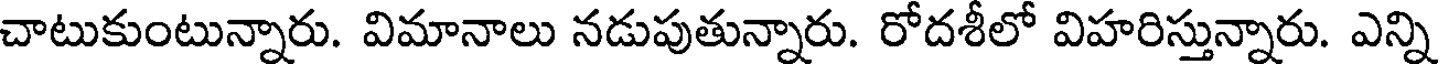
చాటుకుంటున్నారు. విమానాలు నడుపుతున్నారు. రోదశీలో విహరిస్తున్నారు. ఎన్ని